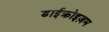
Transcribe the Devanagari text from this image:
डाईक्रोइज़म